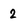
Character: 2